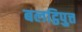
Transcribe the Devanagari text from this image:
बलट्ठिपुत्त